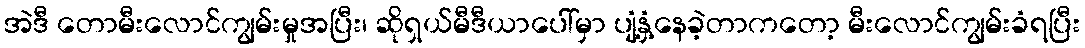
အဲဒီ တောမီးလောင်ကျွမ်းမှုအပြီး၊ ဆိုရှယ်မီဒီယာပေါ်မှာ ပျံ့နှံ့နေခဲ့တာကတော့ မီးလောင်ကျွမ်းခံရပြီး